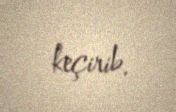
keçirib.